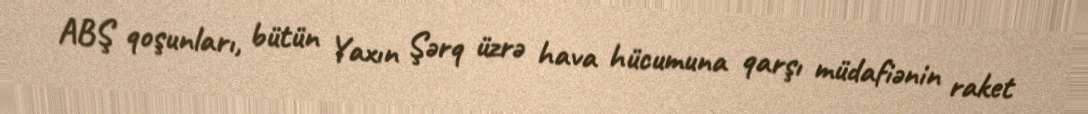
ABŞ qoşunları, bütün Yaxın Şərq üzrə hava hücumuna qarşı müdafiənin raket